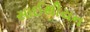
સાઈથીયન